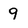
Character: 9